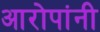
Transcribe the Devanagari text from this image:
आरोपांनी